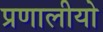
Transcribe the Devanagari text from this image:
प्रणालीयो